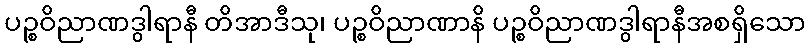
ပဉ္စဝိညာဏဒွါရာနီ တိအာဒီသု၊ ပဉ္စဝိညာဏာနိ ပဉ္စဝိညာဏဒွါရာနီအစရှိသော